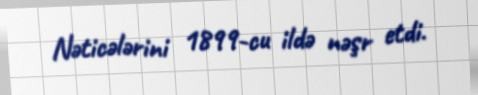
Nəticələrini 1899-cu ildə nəşr etdi.